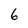
Character: 6